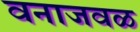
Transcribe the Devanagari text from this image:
वनाजवळ